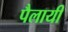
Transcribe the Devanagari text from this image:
पैलायी